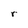
Character: r